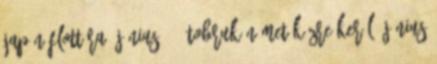
japán flottára. június 21. Tobruk német kézre kerül. június